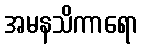
အမနသိကာရော